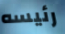
رئيسه